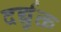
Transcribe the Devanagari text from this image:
दर्द्युक्त